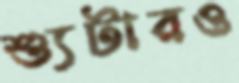
শ্যুটারও